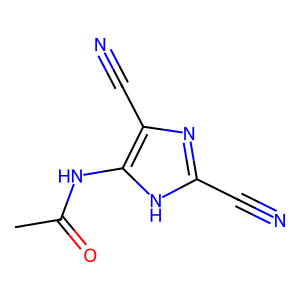
SMILES: CC(=O)Nc1[nH]c(C#N)nc1C#N
Inhibits HIV replication: No